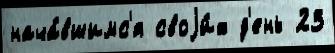
нача́вшимс'я своjи́х д'ень 23